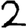
Digit: 2